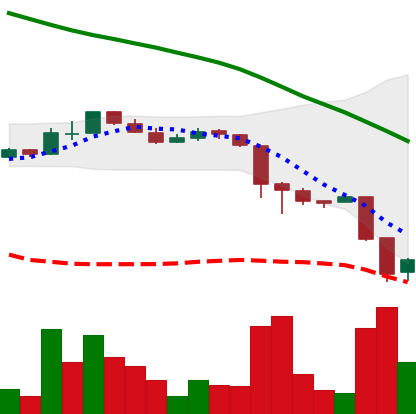
Ticker: ADA-USD
Chart end date: 2018-11-21
Forward return: -25.061%
Label: down_7plus